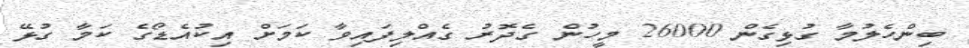
ބިންހެލުމާ ގުޅިގެން 26000 މީހުން ގެދޮރު ގެއްލިފައިވާ ކަމަށް އިކުއެޑޯގެ ކަމާ ގުޅޭ